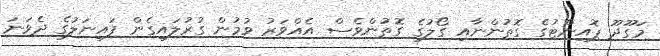
މަގޫދޫ ޕޮއިންޓުގެ ގޮތުންނާއި ގޯލުގެ ގޮތުންވެސް އެއްވަރު ވުމުން ގުރުލައިގެން ފައިނަލުގެ ދެވަނަ